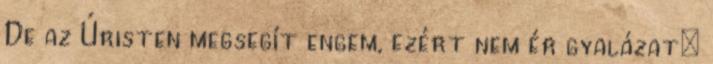
De az Úristen megsegít engem, ezért nem ér gyalázat;